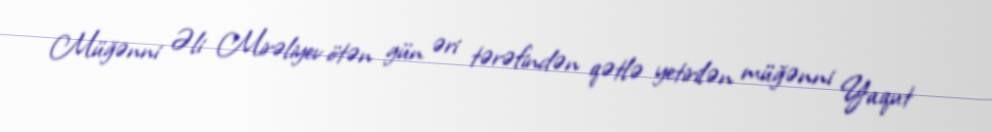
Müğənni Əli Mirəliyev ötən gün əri tərəfindən qətlə yetirilən müğənni Yaqut